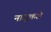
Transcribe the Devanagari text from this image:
नाजुकसे